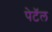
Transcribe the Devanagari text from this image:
पेटॅल